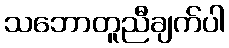
သဘောတူညီချက်ပါ